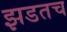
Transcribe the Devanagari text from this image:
झडतच